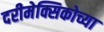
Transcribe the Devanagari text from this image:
दरीमेक्सिकोच्या